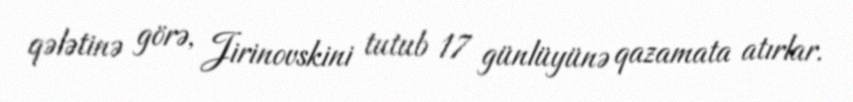
qələtinə görə, Jirinovskini tutub 17 günlüyünə qazamata atırlar.